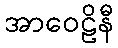
အာဝေဠိနီ